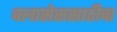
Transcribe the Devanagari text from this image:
क्लासेससाठीचा